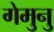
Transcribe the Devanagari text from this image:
गेमुनु